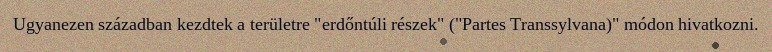
Ugyanezen században kezdtek a területre "erdőntúli részek" ("Partes Transsylvana)" módon hivatkozni.